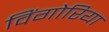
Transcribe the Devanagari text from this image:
विंगोरिया